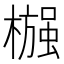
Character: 𬄶